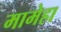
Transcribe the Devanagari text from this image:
मामेहा